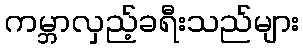
ကမ္ဘာလှည့်ခရီးသည်များ